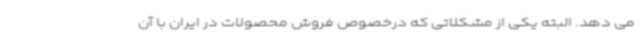
می دهد. البته یکی از مشکلاتی که درخصوص فروش محصولات در ایران با آن